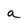
Character: a